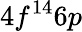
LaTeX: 4f^{14}6p